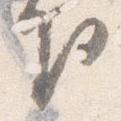
下